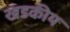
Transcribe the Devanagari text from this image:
खंडकीय